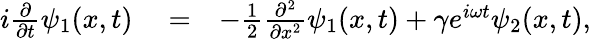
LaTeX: \begin{array}{rlr}{i\frac{\partial}{\partial t}\psi_{1}(x,t)}&{{}=}&{-\frac{1}{2}\frac{\partial^{2}}{\partial x^{2}}\psi_{1}(x,t)+\gamma e^{i\omega t}\psi_{2}(x,t),}\end{array}